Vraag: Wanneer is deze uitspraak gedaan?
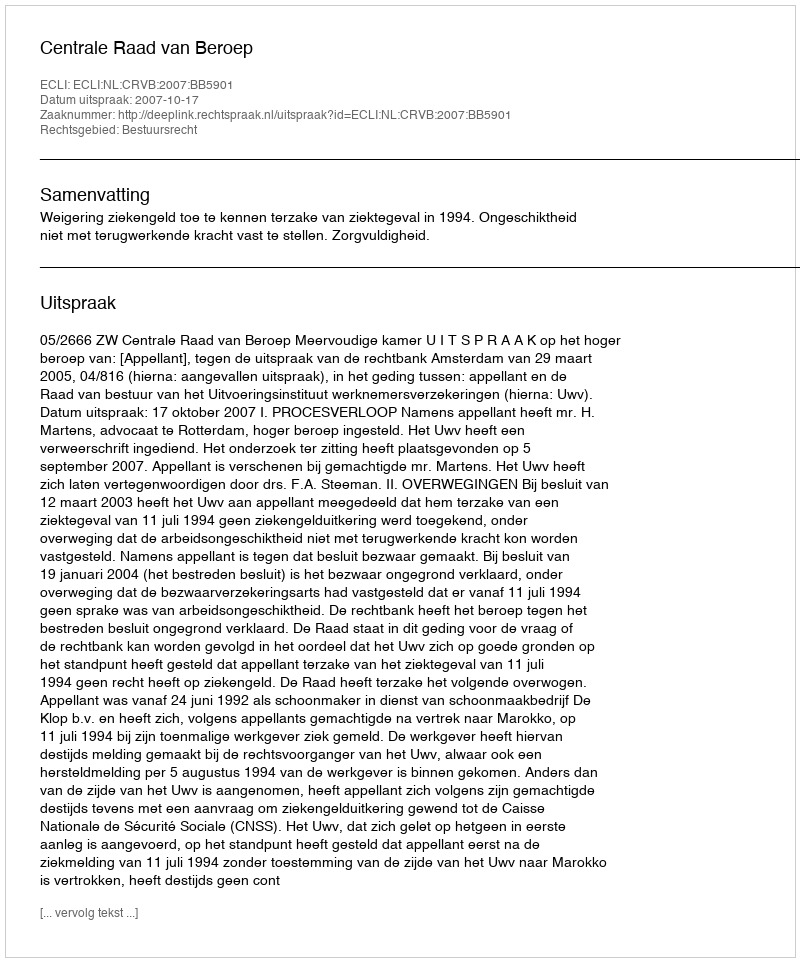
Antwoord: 2007-10-17